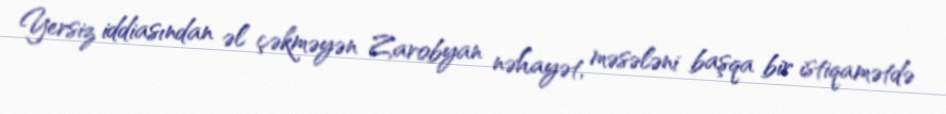
Yersiz iddiasından əl çəkməyən Zarobyan nəhayət, məsələni başqa bir istiqamətdə